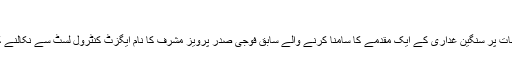
(17.03.2016)
پاکستانی سپریم کورٹ نے آئین شکنی کے الزامات پر سنگین غداری کے ایک مقدمے کا سامنا کرنے والے سابق فوجی صدر پرویز مشرف کا نام ایگزٹ کنٹرول لسٹ سے نکالنے کا سندھ ہائی کورٹ کا فیصلہ برقرار رکھا ہے۔